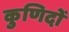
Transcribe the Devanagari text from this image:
कुणिदों